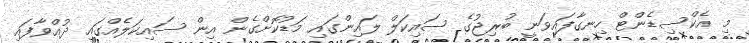
މި އެކްސިޑެންޓް ހިނގާފައިވަނީ ބުރިޖުގެ ސައިކަލް ލައިންގައި މަޑުކޮށްގެން އިން ސައިކަލެއްގައި ދުއްވާފައި